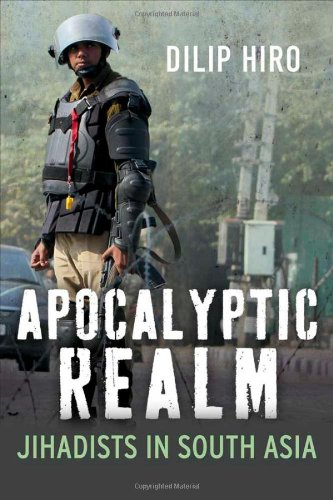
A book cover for Apocalyptic Realm: Jihadists in South Asia; Dilip Hiro; History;